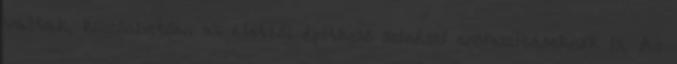
váltak, köszönhetően az életből építkező színészi erőfeszítéseknek is. Az